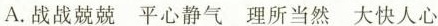
A.战战兢兢 平心静气 理所当然 大快人心